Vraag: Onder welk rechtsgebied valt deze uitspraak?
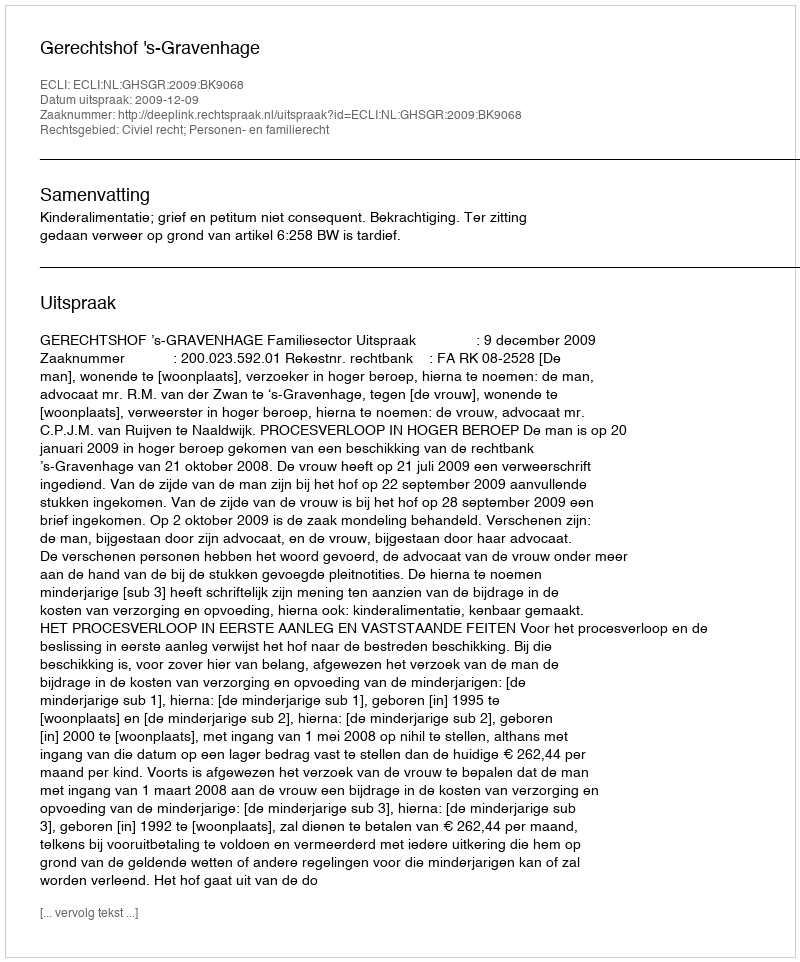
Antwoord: Civiel recht; Personen- en familierecht